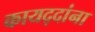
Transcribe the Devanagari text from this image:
कायद्दांना